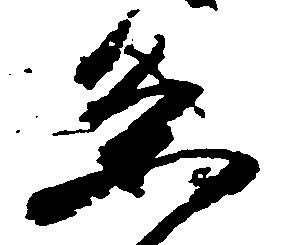
条